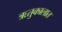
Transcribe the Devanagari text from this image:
ऋतुकालात